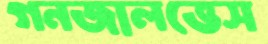
গনজালভেস